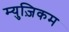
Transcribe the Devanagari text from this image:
म्युज़िकम